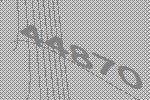
44870